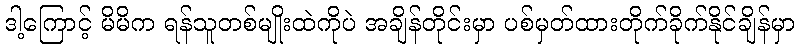
ဒါ့ကြောင့် မိမိက ရန်သူတစ်မျိုးထဲကိုပဲ အချိန်တိုင်းမှာ ပစ်မှတ်ထားတိုက်ခိုက်နိုင်ချိန်မှာ